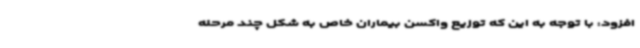
افزود: با توجه به این که توزیع واکسن بیماران خاص به شکل چند مرحله